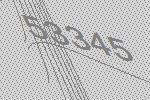
53345